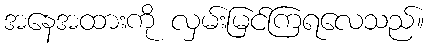
အနေအထားကို လှမ်းမြင်ကြရလေသည်။